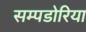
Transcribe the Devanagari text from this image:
सम्पडोरिया